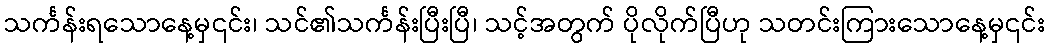
သင်္ကန်းရသောနေ့မှ၎င်း၊ သင်၏သင်္ကန်းပြီးပြီ၊ သင့်အတွက် ပိုလိုက်ပြီဟု သတင်းကြားသောနေ့မှ၎င်း